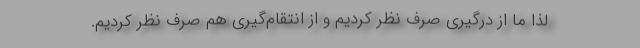
لذا ما از درگیری صرف نظر کردیم و از انتقام‌گیری هم صرف نظر کردیم.